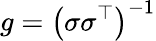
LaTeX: g=\left(\sigma\sigma^{\top}\right)^{-1}